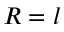
R = l